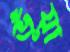
ভূঁয়া